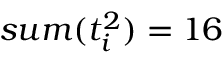
s u m ( t _ { i } ^ { 2 } ) = 1 6